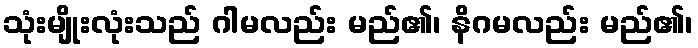
သုံးမျိုးလုံးသည် ဂါမလည်း မည်၏၊ နိဂမလည်း မည်၏၊